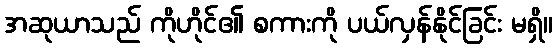
အဆုယာသည် ကိုဟိုင်၏ စကားကို ပယ်လှန်နိုင်ခြင်း မရှိ။